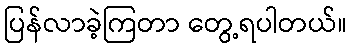
ပြန်လာခဲ့ကြတာ တွေ့ရပါတယ်။